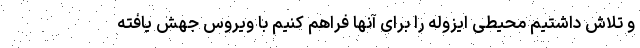
و تلاش داشتیم محیطی ایزوله را برای آنها فراهم کنیم با ویروس جهش یافته